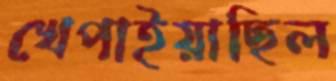
খেপাইয়াছিল